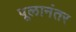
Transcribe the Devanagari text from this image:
पूलानंतर